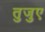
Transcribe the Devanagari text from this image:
तुजुए